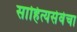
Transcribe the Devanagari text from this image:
साहित्यसेवेचा